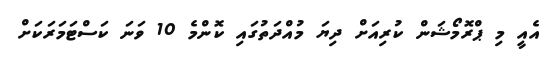
އެއީ މި ޕްރޮމޯޝަން ކުރިއަށް ދިޔަ މުއްދަތުގައި ކޮންމެ 10 ވަނަ ކަސްޓަމަރަކަށް